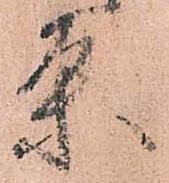
条